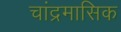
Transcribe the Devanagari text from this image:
चांद्रमासिक